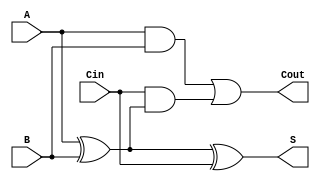
module low_power_full_adder (
    input wire A,      // First input bit
    input wire B,      // Second input bit
    input wire Cin,    // Carry input bit
    output wire S,     // Sum output
    output wire Cout   // Carry output
);

// Internal signals for intermediate calculations
wire A_XOR_B;

// Calculate Sum (S) using XOR gates
assign A_XOR_B = A ^ B;  // A XOR B
assign S = A_XOR_B ^ Cin; // (A XOR B) XOR Cin

// Calculate Carry-Out (Cout) using AND and OR gates
assign Cout = (A & B) | (Cin & A_XOR_B); // (A AND B) OR (Cin AND (A XOR B))

endmodule